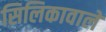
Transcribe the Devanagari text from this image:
सिलिकावाले